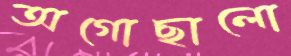
অগোছালো